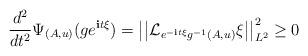
LaTeX: \begin{align*} \frac{d^2}{dt^2} \Psi_{(A,u)}( g e^{\textbf{i}t\xi}) = \left|\left| \mathcal{L}_{e^{-\textbf{i}t\xi}g^{-1}(A,u)} \xi \right|\right|_{L^2}^2 \geq 0\end{align*}